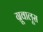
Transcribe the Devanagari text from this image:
ग्रूवालूस